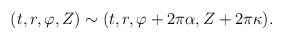
\begin{align*}(t,r,\varphi,Z) \sim (t,r,\varphi+2\pi\alpha,Z+2\pi\kappa).\end{align*}